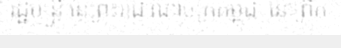
រដ្ឋមន្ត្រី នៃព្រះរាជាណាចក្រកម្ពុជា នៅព្រឹក